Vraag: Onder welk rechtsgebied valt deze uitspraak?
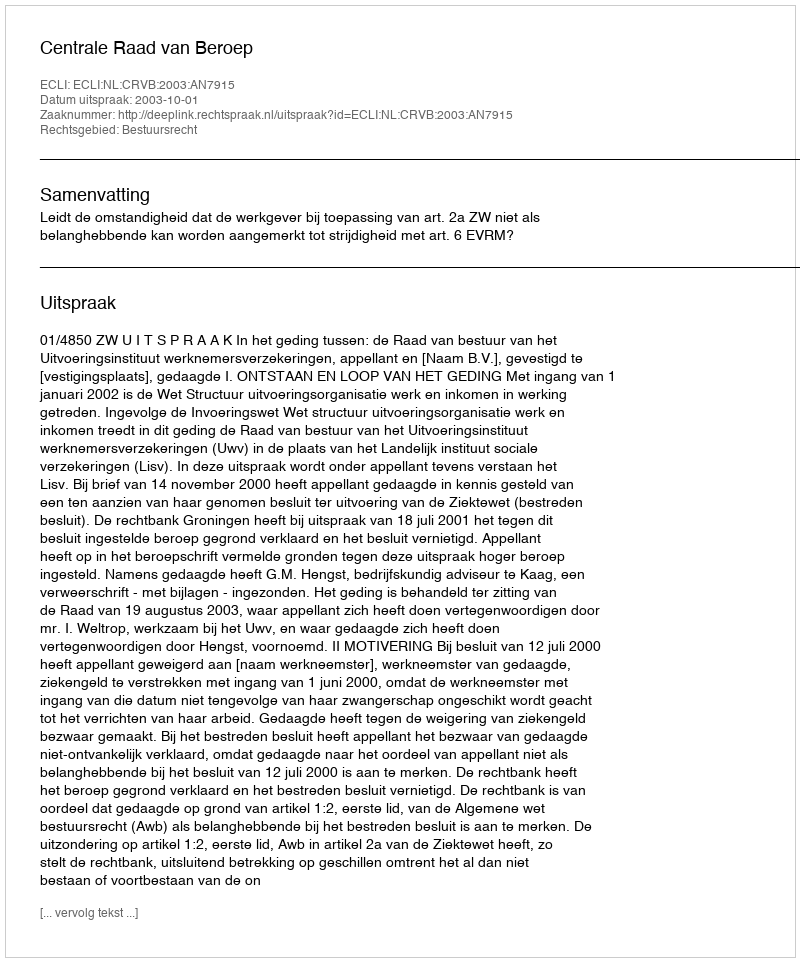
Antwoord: Bestuursrecht